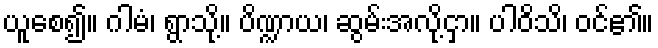
ယူစေ၍။ ဂါမံ၊ ရွာသို့။ ပိဏ္ဍာယ၊ ဆွမ်းအလို့ငှာ။ ပါဝိသိ၊ ဝင်၏။